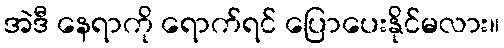
အဲဒီ နေရာကို ရောက်ရင် ပြောပေးနိုင်မလား။